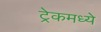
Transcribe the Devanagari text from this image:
ट्रेकमध्ये